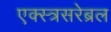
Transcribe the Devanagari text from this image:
एक्स्त्रसरेब्रल